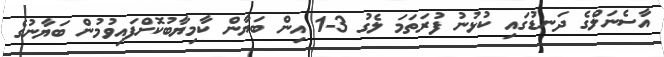
އާސެނަލްގެ ދަނޑުގައި ކުޅުނު ފުރަތަމަ ލެގު 3-1 އިން ބަޔާން ކާމިޔާބުކޮށްފައިވުމުން ބަޔާނުގެ